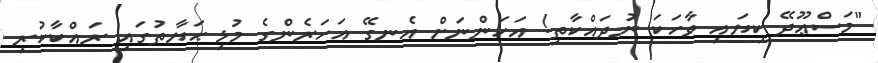
"މަސްޢޫދޭ ކިޔައި ވާހަކަ ނުދައްކާތި! އަހަންނަށް އެނގޭ އަހަރެންގެ މުޅި ޙަޔާތުގައި ރައްކާކުރި